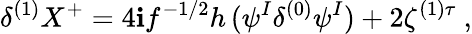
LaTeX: \delta^{(1)}X^{+}=4\mathbf{i}f^{-1/2}h\, (\psi^{I}\delta^{(0)}\psi^{I})+2\zeta^{(1)\tau}~,